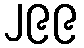
၂၉၉